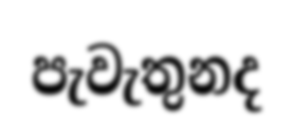
පැවැතුනද